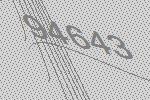
94643